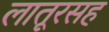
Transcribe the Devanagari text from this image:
लातूरसह